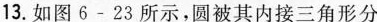
13.如图6-23所示，圆被其内接三角形分为